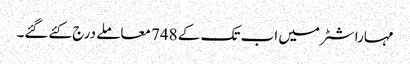
مہاراشٹر میں اب تک کے 748 معاملے درج کئےگئے۔